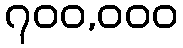
၇၀၀,၀၀၀